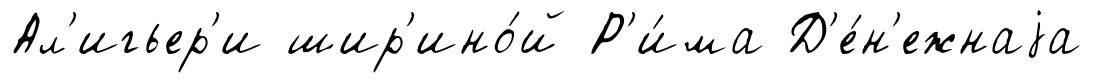
Ал'игьер'и шир'ино́й Р'и́ма Д'е́н'ежнаjа